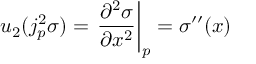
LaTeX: u _ { 2 } ( j _ { p } ^ { 2 } \sigma ) = \left. { \frac { \partial ^ { 2 } \sigma } { \partial x ^ { 2 } } } \right| _ { p } = \sigma ^ { \prime \prime } ( x )